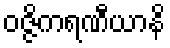
ဝဇ္ဇိကရဏီယာနိ